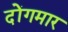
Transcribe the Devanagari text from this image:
दोंगमार